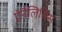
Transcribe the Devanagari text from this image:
ऐनैलिसिस